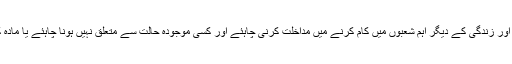
ان علامات کو بھی کام ، اسکول ، تعلقات ، اور زندگی کے دیگر اہم شعبوں میں کام کرنے میں مداخلت کرنی چاہئے اور کسی موجودہ حالت سے متعلق نہیں ہونا چاہئے یا مادہ کے استعمال کی وجہ سے نہیں ہونا چاہئے۔